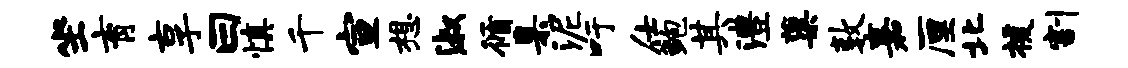
坐育享曰慎千宣想淑循臬泥吁仕鲍其澧蕖敦嘉厘北援割